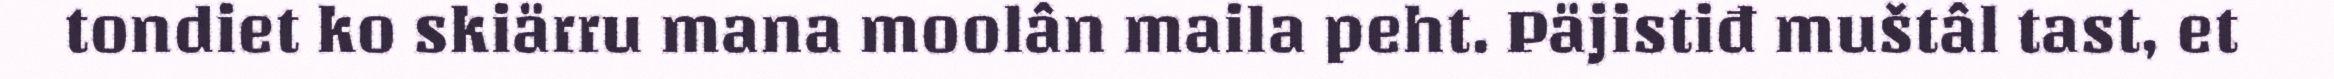
tondiet ko skiärru mana moolân maila peht. Päjistiđ muštâl tast, et